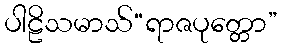
ပါဠိသမာသ်“ရာဇပုတ္တော”